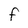
Character: F